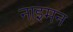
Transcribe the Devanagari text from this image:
नाइमन